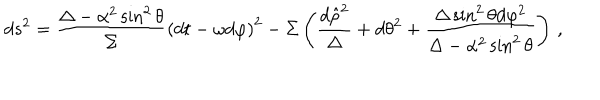
LaTeX: d s ^ { 2 } = \frac { \Delta - \alpha ^ { 2 } \sin ^ { 2 } \theta } { \Sigma } \left( d t - \omega d \varphi \right) ^ { 2 } - \Sigma \left( \frac { d \hat { \rho } ^ { 2 } } { \Delta } + d \theta ^ { 2 } + \frac { \Delta \sin ^ { 2 } \theta d \varphi ^ { 2 } } { \Delta - \alpha ^ { 2 } \sin ^ { 2 } \theta } \right) \, ,